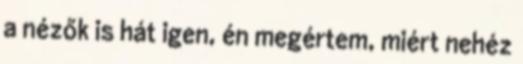
a nézők is hát igen, én megértem, miért nehéz